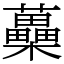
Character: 蘽